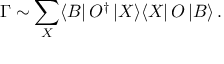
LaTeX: \Gamma \sim \sum _ { X } \langle B | \, { \cal O } ^ { \dagger } \, | X \rangle \langle X | \, { \cal O } \, | B \rangle \, .